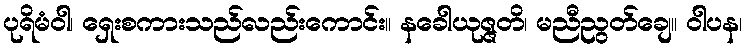
ပုရိမံဝါ၊ ရှေးစကားသည်လည်းကောင်း။ နခေါယုဇ္ဇတိ၊ မညီညွတ်ချေ။ ဝါပန၊